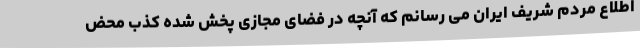
اطلاع مردم شریف ایران می رسانم که آنچه در فضای مجازی پخش شده کذب محض